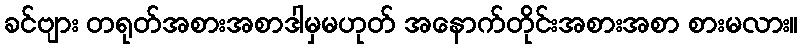
ခင်ဗျား တရုတ်အစားအစာဒါမှမဟုတ် အနောက်တိုင်းအစားအစာ စားမလား။